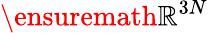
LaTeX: {\ensuremath{\mathbb{R}}^{3N}}